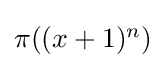
{\textstyle \pi ((x+1)^{n})}